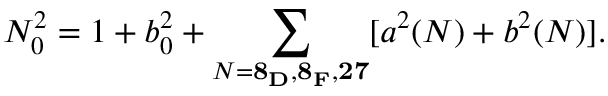
N _ { 0 } ^ { 2 } = 1 + b _ { 0 } ^ { 2 } + \sum _ { N = { \bf 8 _ { D } , 8 _ { F } , 2 7 } } [ a ^ { 2 } ( N ) + b ^ { 2 } ( N ) ] .